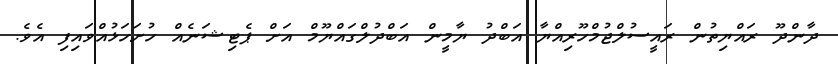
ދާންދޫ ރައްޔިތުން ރައީސުލްޖުމްހޫރިއްޔާ އަބްދު ޔާމީން އަބްދުލްގައްޔޫމް އަށް ޕެޓިޝަނެއް ހުށަހަޅުއްވައިފި އެވެ.